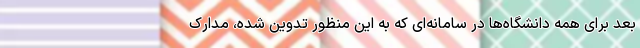
بعد برای همه دانشگاه‌ها در سامانه‌ای که به این منظور تدوین شده، مدارک